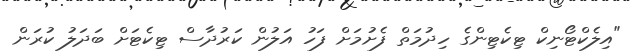
"އިލެކްޓޯނިކް ޓިކެޓިންގެ ހިދުމަތް ފެށުމަށް ފަހު އަލުން ކަރުދާސް ޓިކެޓަށް ބަދަލު ކުރަން